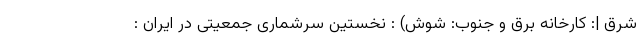
شرق |: کارخانه برق و جنوب: شوش) : نخستین سرشماری جمعیتی در ایران :